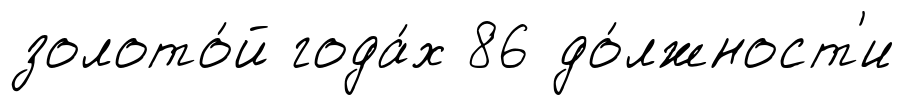
золото́й года́х 86 до́лжност'и